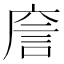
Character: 𢉲